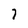
Character: 7